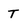
Character: T